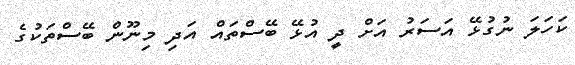
ކަހަލަ ނުގުޅޭ އަސަރު އަށް ދީ އުޅޭ ބޭސްތައް އަދި މިނޫން ބޭސްތަކުގެ